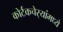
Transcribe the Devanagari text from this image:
कोर्टकचेर्‍यांमध्ये